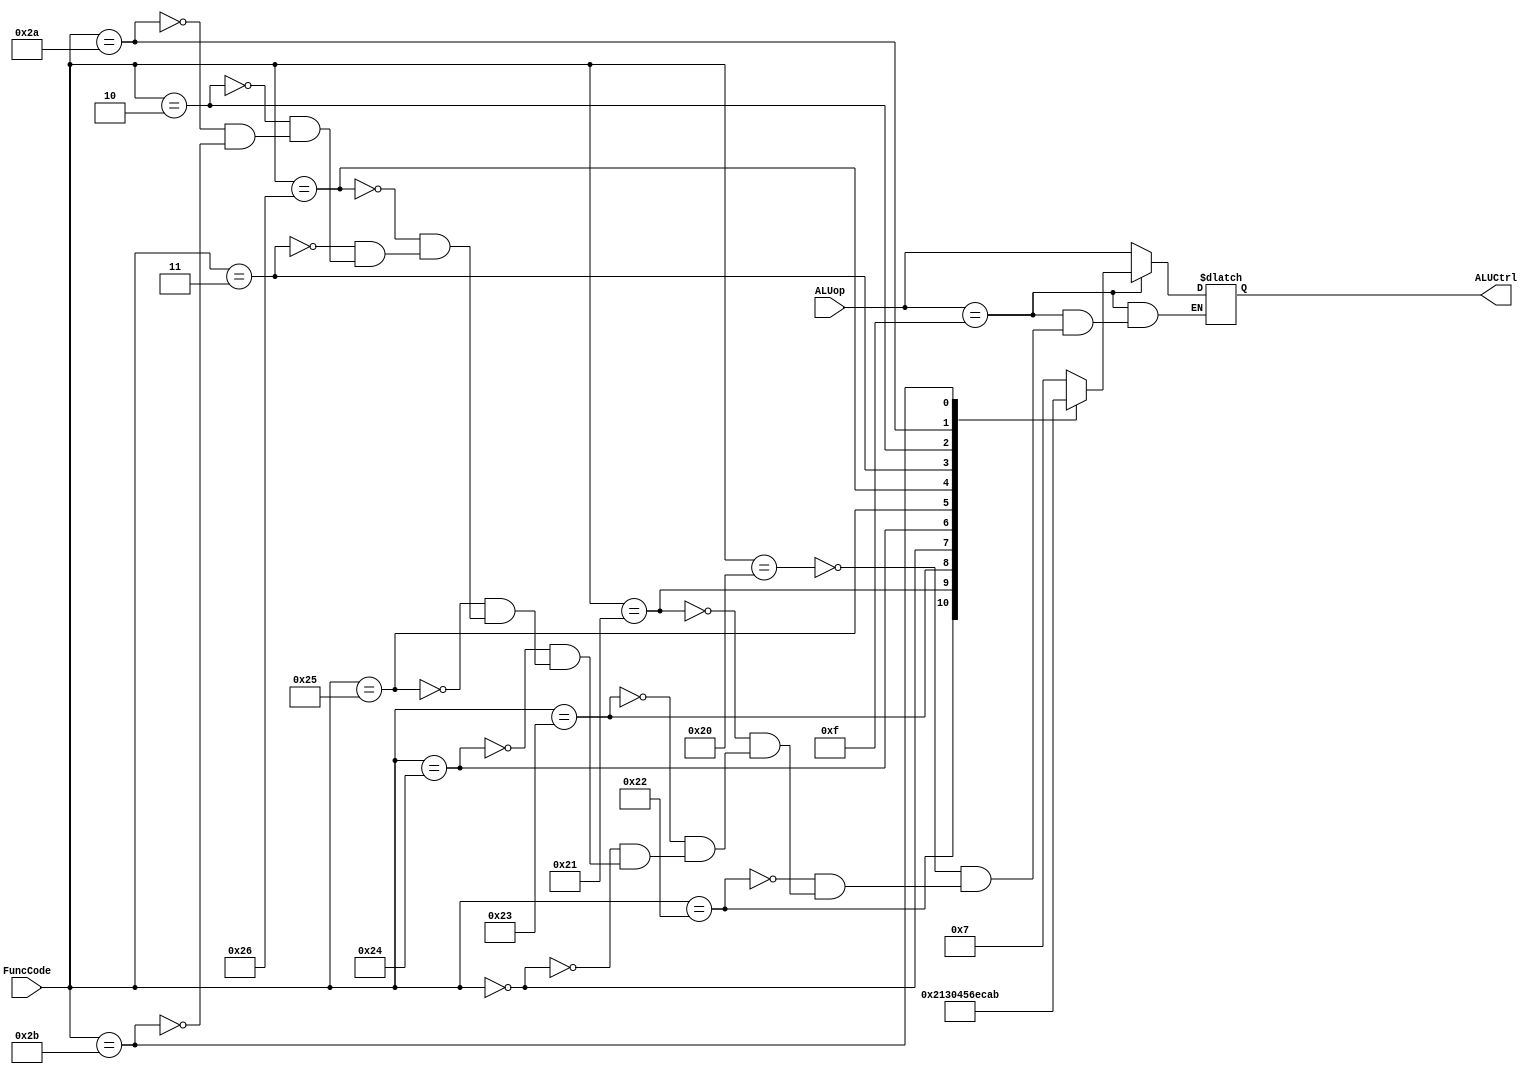


`define ADD  4'b0111 // 2's compl add
`define ADDU 4'b0001 // unsigned add
`define SUB  4'b0010 // 2's compl subtract
`define SUBU 4'b0011 // unsigned subtract
`define AND  4'b0100 // bitwise AND
`define OR   4'b0101 // bitwise OR
`define XOR  4'b0110 // bitwise XOR
`define SLT  4'b1010 // set result=1 if less than 2's compl
`define SLTU 4'b1011 // set result=1 if less than unsigned
`define NOP  4'b0000 // do nothing


`define SLL 4'b1000 // Shift logical left
`define SRL 4'b1100 // Shift logical right
`define SRA 4'b1110 // Shift arithmetic right
`define BNE 4'b1001  // Branch if not equal

module ALUControl (ALUCtrl, ALUop, FuncCode);
	input [3:0] ALUop; 
	input [5:0] FuncCode;
	output[3:0] ALUCtrl;
	reg [3:0] ALUCtrl;
always @ (ALUCtrl or ALUop or FuncCode)
begin
if(ALUop==4'b1111)
	begin
		case(FuncCode)
		
		6'b100000 :ALUCtrl = `ADD; 
		6'b100010 :ALUCtrl = `SUB; 
		6'b100001 :ALUCtrl = `ADDU; 
		6'b100011 :ALUCtrl = `SUBU; 
		6'b000000 :ALUCtrl = `NOP;
	
		6'b100100 :ALUCtrl = `AND; 		
		6'b100101 :ALUCtrl = `OR; 
		6'b100110 :ALUCtrl = `XOR;
		
		6'b000000 :ALUCtrl = `SLL; //SLL
		6'b000011 :ALUCtrl = `SRA; //SRA
		6'b000010 :ALUCtrl = `SRL; //SRL
		
		6'b101010 :ALUCtrl = `SLT; //SLT
		6'b101011 :ALUCtrl = `SLTU; //SLTU
		
		endcase
	end
else ALUCtrl = ALUop;

end	
endmodule